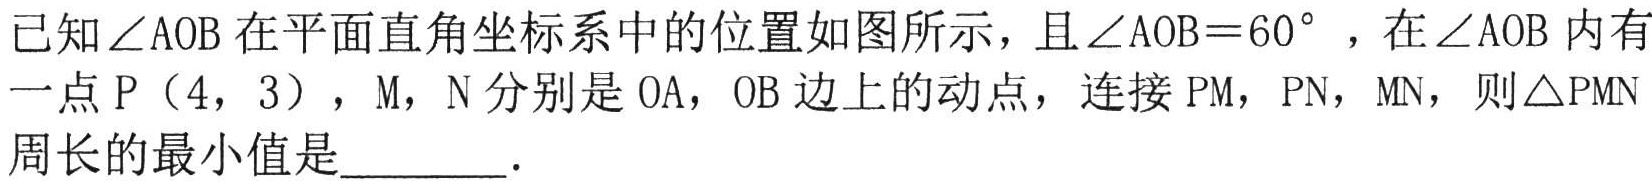
已知\(\angle AOB\)在平面直角坐标系中的位置如图所示，且\(\angle AOB = 60^{\circ}\)，在\(\angle AOB\)内有一点\(P(4,3)\)，\(M\)，\(N\)分别是\(OA\)，\(OB\)边上的动点，连接\(PM\)，\(PN\)，\(MN\)，则\(\triangle PMN\)周长的最小值是  ．